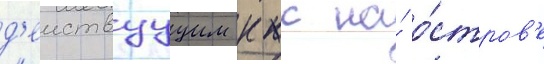
д'еиствуущим ккс на́ о́стров'е